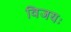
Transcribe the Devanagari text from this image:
विजयः